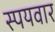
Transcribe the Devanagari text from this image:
स्पयवार